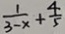
\frac { 1 } { 3 - x } + \frac { 4 } { 5 }